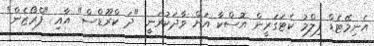
އެނިމޭޓެޑް ފިލްމު ކެޓަގަރީން އޮސްކާ އަށް ވާދަކުރަނީ "ދަ ކްރޫޑްސް" އާއި "ފްރޯޒެން"